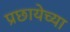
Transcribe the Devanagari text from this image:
प्रछायेच्या